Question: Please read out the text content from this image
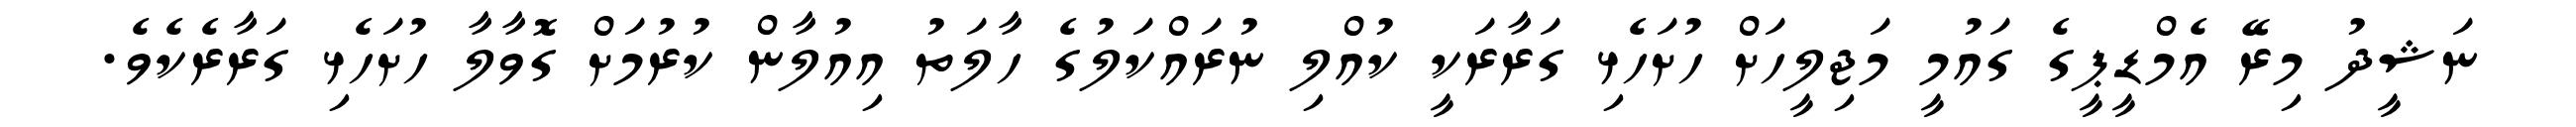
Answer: ނަޝީދު މިރޭ އެމްޑީޕީގެ ގައުމީ މަޖިލީހަށް ހުށަހެޅި ގަރާރަކީ ކުއްލި ނުރައްކަލުގެ ހާލަތު އިއުލާން ކުރުމަށް ގޮވާލާ ހުށަހެޅި ގަރާރެކެވެ.